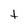
Character: t